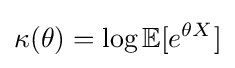
\kappa (\theta )=\log \mathbb {E} [e^{\theta X}]